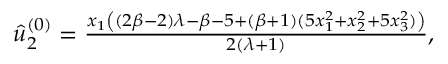
\begin{array} { r } { \hat { u } _ { 2 } ^ { ( 0 ) } = \frac { x _ { 1 } \left( ( 2 \beta - 2 ) \lambda - \beta - 5 + ( \beta + 1 ) ( 5 x _ { 1 } ^ { 2 } + x _ { 2 } ^ { 2 } + 5 x _ { 3 } ^ { 2 } ) \right) } { 2 ( \lambda + 1 ) } , } \end{array}